State Department UAP Cable 5, Mexico, September 16, 2003
Agency: Department of State
Incident date: 9/12/03
Incident location: Mexico
Page 1
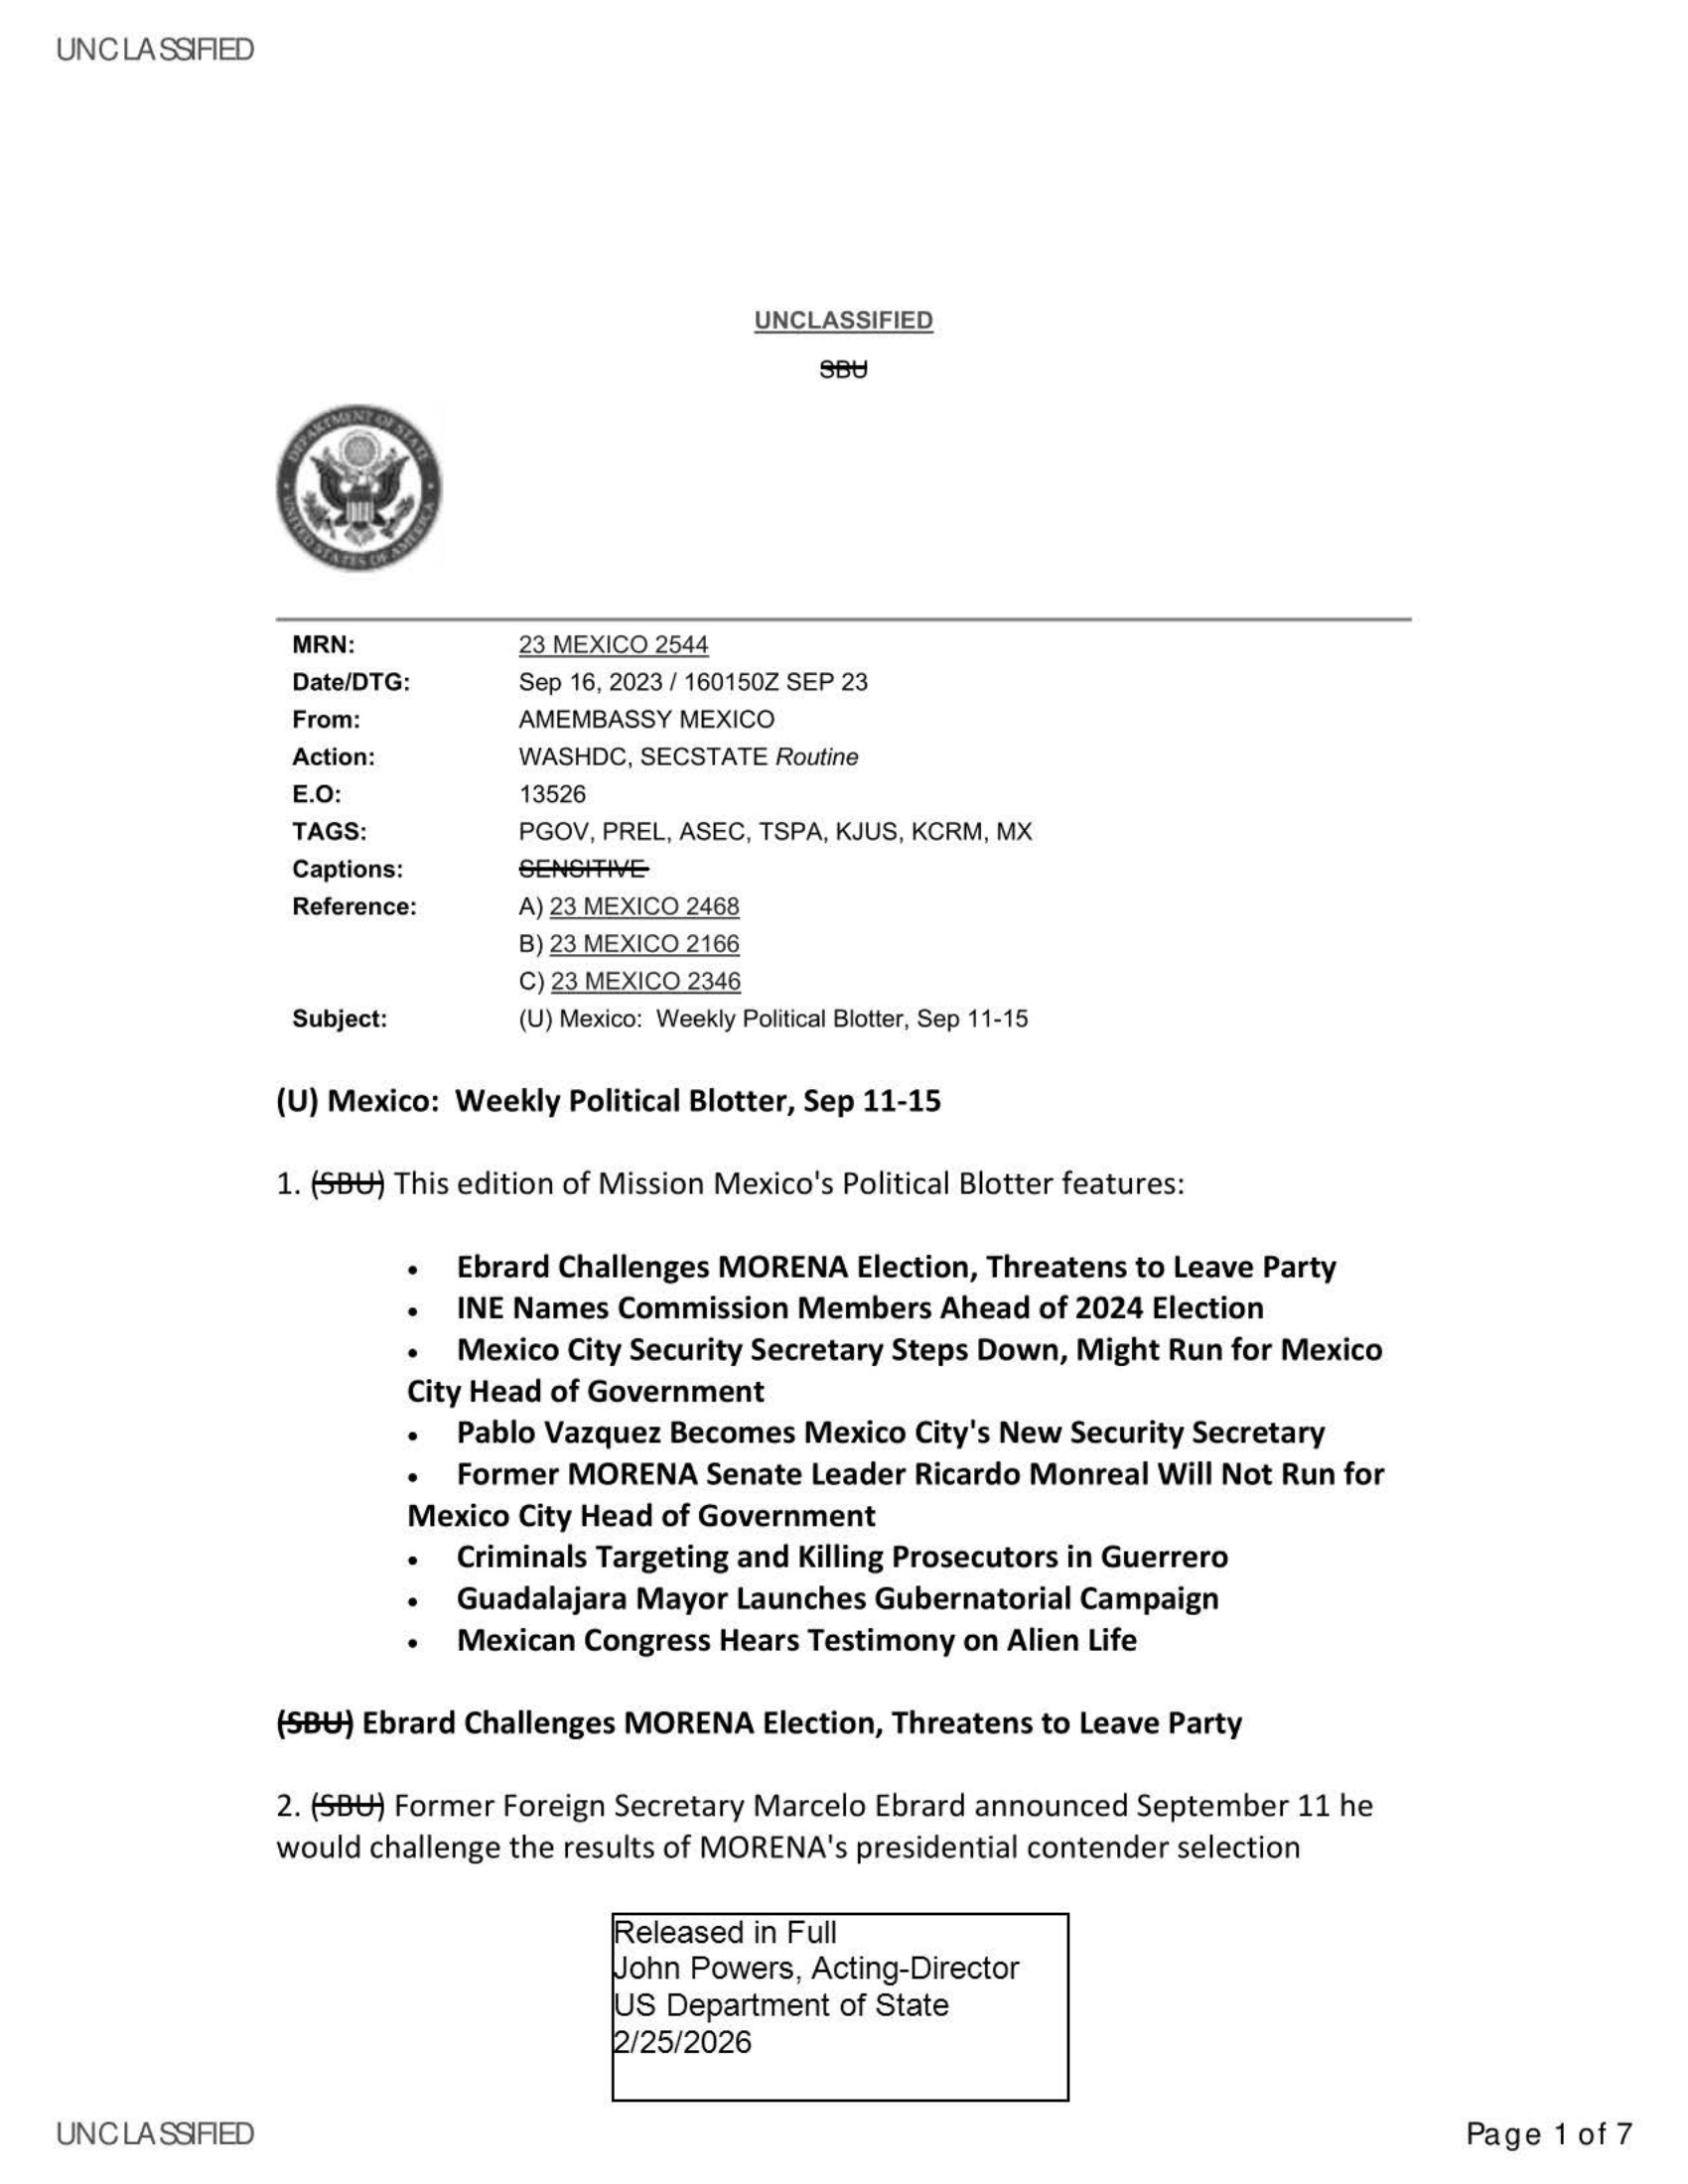